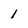
Character: l